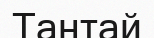
Тантай